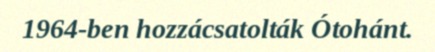
1964-ben hozzácsatolták Ótohánt.